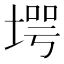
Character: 堮